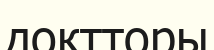
доктторы